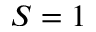
S = 1